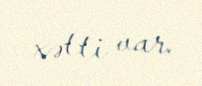
xətti var.